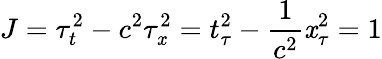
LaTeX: J=\tau_{t}^{2}-c^{2}\tau_{\mathit{x}}^{2}=t_{\tau}^{2}-\frac{{1}}{{c^{2}}}\mathit{x}_{\tau}^{2}=1